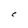
Character: C